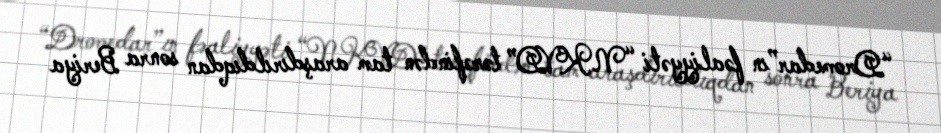
“Dromedar”ın fəaliyyəti “NKVD” tərəfindən tam araşdırıldıqdan sonra Beriya